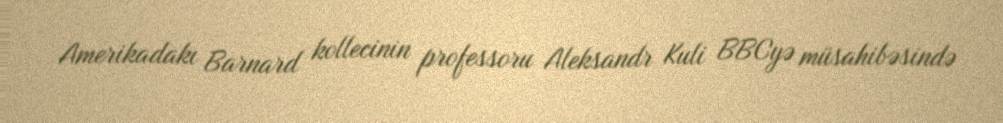
Amerikadakı Barnard kollecinin professoru Aleksandr Kuli BBCyə müsahibəsində